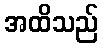
အထိသည်